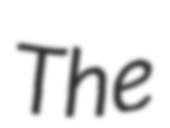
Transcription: The